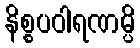
နိစ္စပဝါရဏမ္ပိ